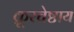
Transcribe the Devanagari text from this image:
क्रूरचेष्टाय